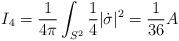
LaTeX: \begin{align*}I_4 = \frac{1}{4\pi}\int_{S^2} \frac{1}{4}|\dot\sigma|^2 = \frac{1}{36} A\end{align*}